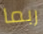
ربما